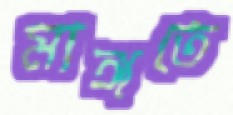
মাঙ্গতে